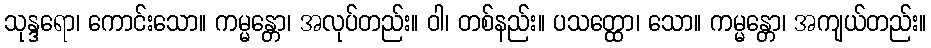
သုန္ဒရော၊ ကောင်းသော။ ကမ္မန္တော၊ အလုပ်တည်း။ ဝါ၊ တစ်နည်း။ ပသတ္ထော၊ သော။ ကမ္မန္တော၊ အကျယ်တည်း။